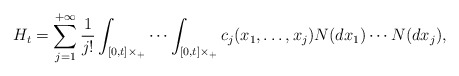
\begin{align*}H_t = \sum_{j=1}^{+\infty} \frac{1}{j!} \int_{[0,t]\times \real_+} \cdots \int_{[0,t]\times \real_+} c_j(x_1,\ldots,x_{j}) N(dx_{1}) \cdots N(dx_{j}),\end{align*}